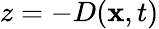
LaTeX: z=-D(\mathbf{x},t)